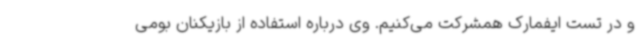
و در تست ایفمارک همشرکت می‌کنیم. وی درباره استفاده از بازیکنان بومی‌